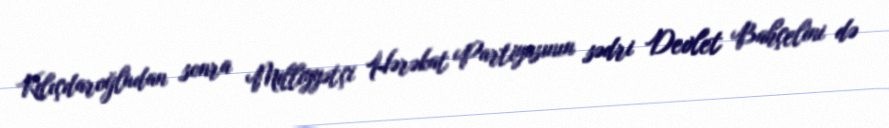
Kılıçdaroğludan sonra Milliyyətçi Hərəkat Partiyasının sədri Devlet Bahçelini də